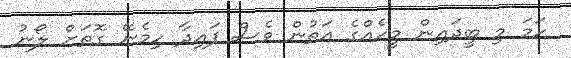
ހަމަ މި ބީދައިން މީހެއްގެ އަތުން ވެސް ފައިދާ ހިމެނޭ ގޮތަށް ލޯނު